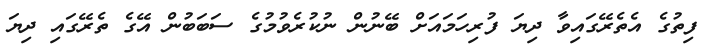
ފިތުގެ އެތެރޭގައިވާ ދިޔަ ފުރިހަމައަށް ބޭނުން ނުކުރެވުމުގެ ސަބަބުން އޭގެ ތެރޭގައި ދިޔަ